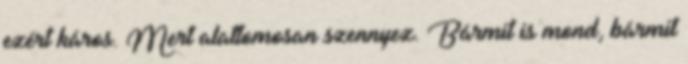
ezért káros. Mert alattomosan szennyez. Bármit is mond, bármit